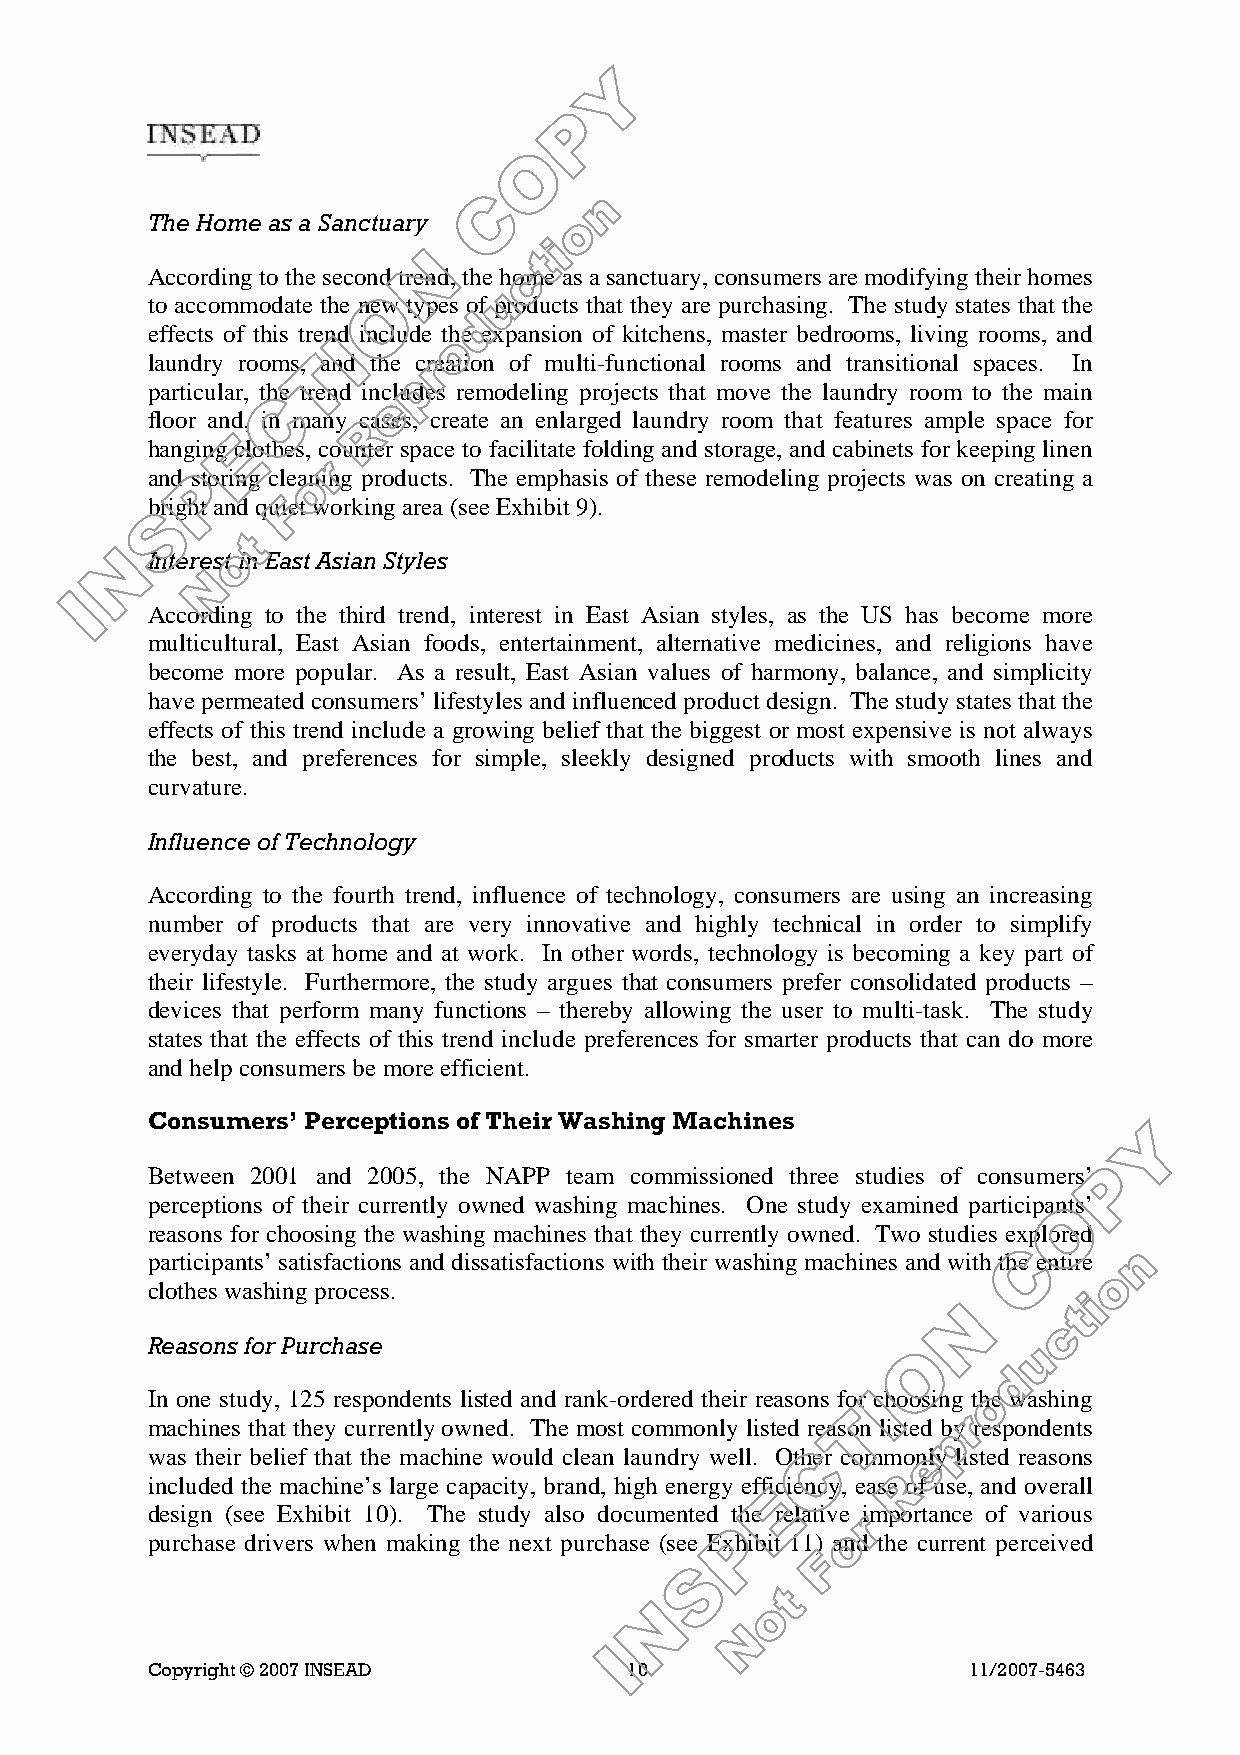
The Home as a Sanctuary
 According to the second trend, the home as a sanctuary, consumers are modifying their homes
 to accommodate the new types of products that they are purchasing. The study states that the
 effects of this trend include the expansion of kitchens, master bedrooms, living rooms, and
 laundry rooms, and the creation of multi-functional rooms and transitional spaces. In
 particular, the trend includes remodeling projects that move the laundry room to the main
 floor and, in many cases, create an enlarged laundry room that features ample space for
 hanging clothes, counter space to facilitate folding and storage, and cabinets for keeping linen
 and storing cleaning products. The emphasis of these remodeling projects was on creating a
 bright and quiet working area (see Exhibit 9).
 Interest in East Asian Styles
 According to the third trend, interest in East Asian styles, as the US has become more
 multicultural, East Asian foods, entertainment, alternative medicines, and religions have
 become more popular. As a result, East Asian values of harmony, balance, and simplicity
 have permeated consumers’ lifestyles and influenced product design. The study states that the
 effects of this trend include a growing belief that the biggest or most expensive is not always
 the best, and preferences for simple, sleekly designed products with smooth lines and
 curvature.
 Influence of Technology
 According to the fourth trend, influence of technology, consumers are using an increasing
 number of products that are very innovative and highly technical in order to simplify
 everyday tasks at home and at work. In other words, technology is becoming a key part of
 their lifestyle. Furthermore, the study argues that consumers prefer consolidated products –
 devices that perform many functions – thereby allowing the user to multi-task. The study
 states that the effects of this trend include preferences for smarter products that can do more
 and help consumers be more efficient.
 Consumers’ Perceptions of Their Washing Machines
 Between 2001 and 2005, the NAPP team commissioned three studies of consumers’
 perceptions of their currently owned washing machines. One study examined participants’
 reasons for choosing the washing machines that they currently owned. Two studies explored
 participants’ satisfactions and dissatisfactions with their washing machines and with the entire
 clothes washing process.
 Reasons for Purchase
 In one study, 125 respondents listed and rank-ordered their reasons for choosing the washing
 machines that they currently owned. The most commonly listed reason listed by respondents
 was their belief that the machine would clean laundry well. Other commonly listed reasons
 included the machine’s large capacity, brand, high energy efficiency, ease of use, and overall
 design (see Exhibit 10). The study also documented the relative importance of various
 purchase drivers when making the next purchase (see Exhibit 11) and the current perceived
 Copyright © 2007 INSEAD         10                    11/2007-5463